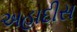
અહાદીસ